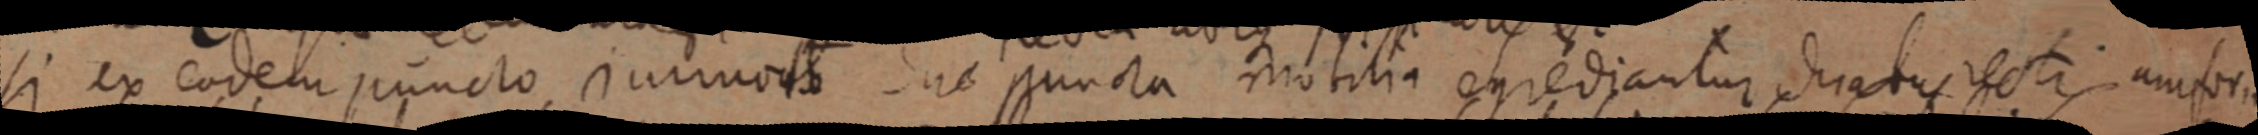
si ex eodem puncto immoto duae puncta mobilia egrediantur duabus rectis unifor..